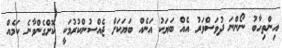
އިންތިހާބު ނޯންނަ ދުވަސްވަރު އެއް ބަޔަކު އަނެއް ބަޔަކަށް ޖެއްސުންކުރުމަކީ ކޮށްގެންވާނެ ކަމެއް